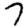
Digit: 7